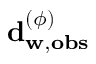
\mathbf { d } _ { \mathbf { w } , \mathbf { o b s } } ^ { ( \phi ) }